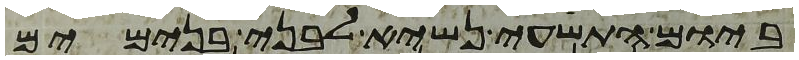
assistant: ביום התשעי נשיא לבני בנימים